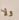
ولا